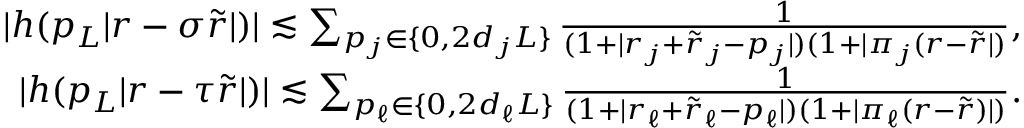
\begin{array} { r } { | h ( p _ { L } | r - \sigma \tilde { r } | ) | \lesssim \sum _ { \substack { p _ { j } \in \{ 0 , 2 d _ { j } L \} } } \frac { 1 } { ( 1 + | r _ { j } + \tilde { r } _ { j } - p _ { j } | ) ( 1 + | \pi _ { j } ( r - \tilde { r } | ) } , } \\ { | h ( p _ { L } | r - \tau \tilde { r } | ) | \lesssim \sum _ { \substack { p _ { \ell } \in \{ 0 , 2 d _ { \ell } L \} } } \frac { 1 } { ( 1 + | r _ { \ell } + \tilde { r } _ { \ell } - p _ { \ell } | ) ( 1 + | \pi _ { \ell } ( r - \tilde { r } ) | ) } . } \end{array}